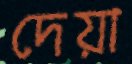
দেয়া